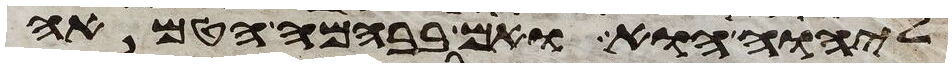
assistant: ליהוה הוא ואם בבהמה הטמאה